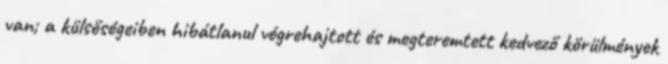
van; a külsőségeiben hibátlanul végrehajtott és megteremtett kedvező körülmények